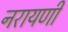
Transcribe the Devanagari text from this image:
नरायणी